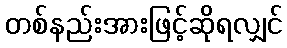
တစ်နည်းအားဖြင့်ဆိုရလျှင်